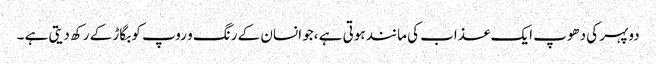
دوپہر کی دھوپ ایک عذاب کی مانند ہوتی ہے ،جو انسان کے رنگ و روپ کو بگاڑ کے رکھ دیتی ہے ۔